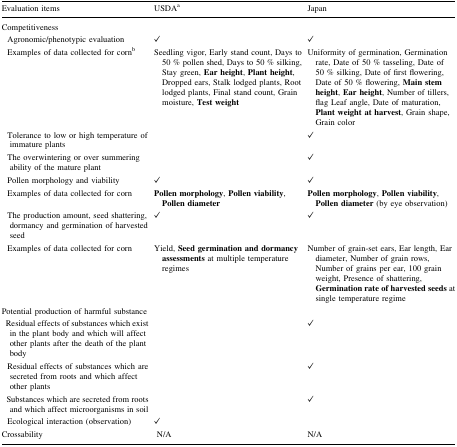
<table><thead><tr><td><b>Evaluation items</b></td><td><b>USDA<sup>a</sup></b></td><td><b>Japan</b></td></tr></thead><tbody><tr><td colspan="3">Competitiveness</td></tr><tr><td> Agronomic/phenotypic evaluation</td><td>✓</td><td>✓</td></tr><tr><td> Examples of data collected for corn<sup>b</sup></td><td>Seedling vigor, Early stand count, Days to 50 % pollen shed, Days to 50 % silking, Stay green, <b>Ear height</b>, <b>Plant height</b>, Dropped ears, Stalk lodged plants, Root lodged plants, Final stand count, Grain moisture, <b>Test weight</b></td><td>Uniformity of germination, Germination rate, Date of 50 % tasseling, Date of 50 % silking, Date of first flowering, Date of 50 % flowering, <b>Main stem height</b>, <b>Ear height</b>, Number of tillers, flag Leaf angle, Date of maturation, <b>Plant weight at harvest</b>, Grain shape, Grain color</td></tr><tr><td> Tolerance to low or high temperature of immature plants</td><td></td><td>✓</td></tr><tr><td> The overwintering or over summering ability of the mature plant</td><td></td><td>✓</td></tr><tr><td> Pollen morphology and viability</td><td>✓</td><td>✓</td></tr><tr><td> Examples of data collected for corn</td><td><b>Pollen morphology</b>, <b>Pollen viability</b>, <b>Pollen diameter</b></td><td><b>Pollen morphology</b>, <b>Pollen viability</b>, <b>Pollen diameter</b> (by eye observation)</td></tr><tr><td> The production amount, seed shattering, dormancy and germination of harvested seed</td><td>✓</td><td>✓</td></tr><tr><td> Examples of data collected for corn</td><td>Yield, <b>Seed germination</b><b>and dormancy assessments</b> at multiple temperature regimes</td><td>Number of grain-set ears, Ear length, Ear diameter, Number of grain rows, Number of grains per ear, 100 grain weight, Presence of shattering, <b>Germination rate of harvested seeds</b> at single temperature regime</td></tr><tr><td colspan="3">Potential production of harmful substance</td></tr><tr><td> Residual effects of substances which exist in the plant body and which will affect other plants after the death of the plant body</td><td></td><td>✓</td></tr><tr><td> Residual effects of substances which are secreted from roots and which affect other plants</td><td></td><td>✓</td></tr><tr><td> Substances which are secreted from roots and which affect microorganisms in soil</td><td></td><td>✓</td></tr><tr><td> Ecological interaction (observation)</td><td>✓</td><td></td></tr><tr><td>Crossability</td><td> N/A</td><td>N/A</td></tr></tbody></table>